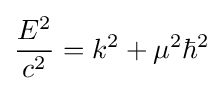
{\frac {E^{2}}{c^{2}}}=k^{2}+\mu ^{2}\hbar ^{2}